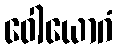
ဝေါယောဂံ